Riigikantselei, lk 67
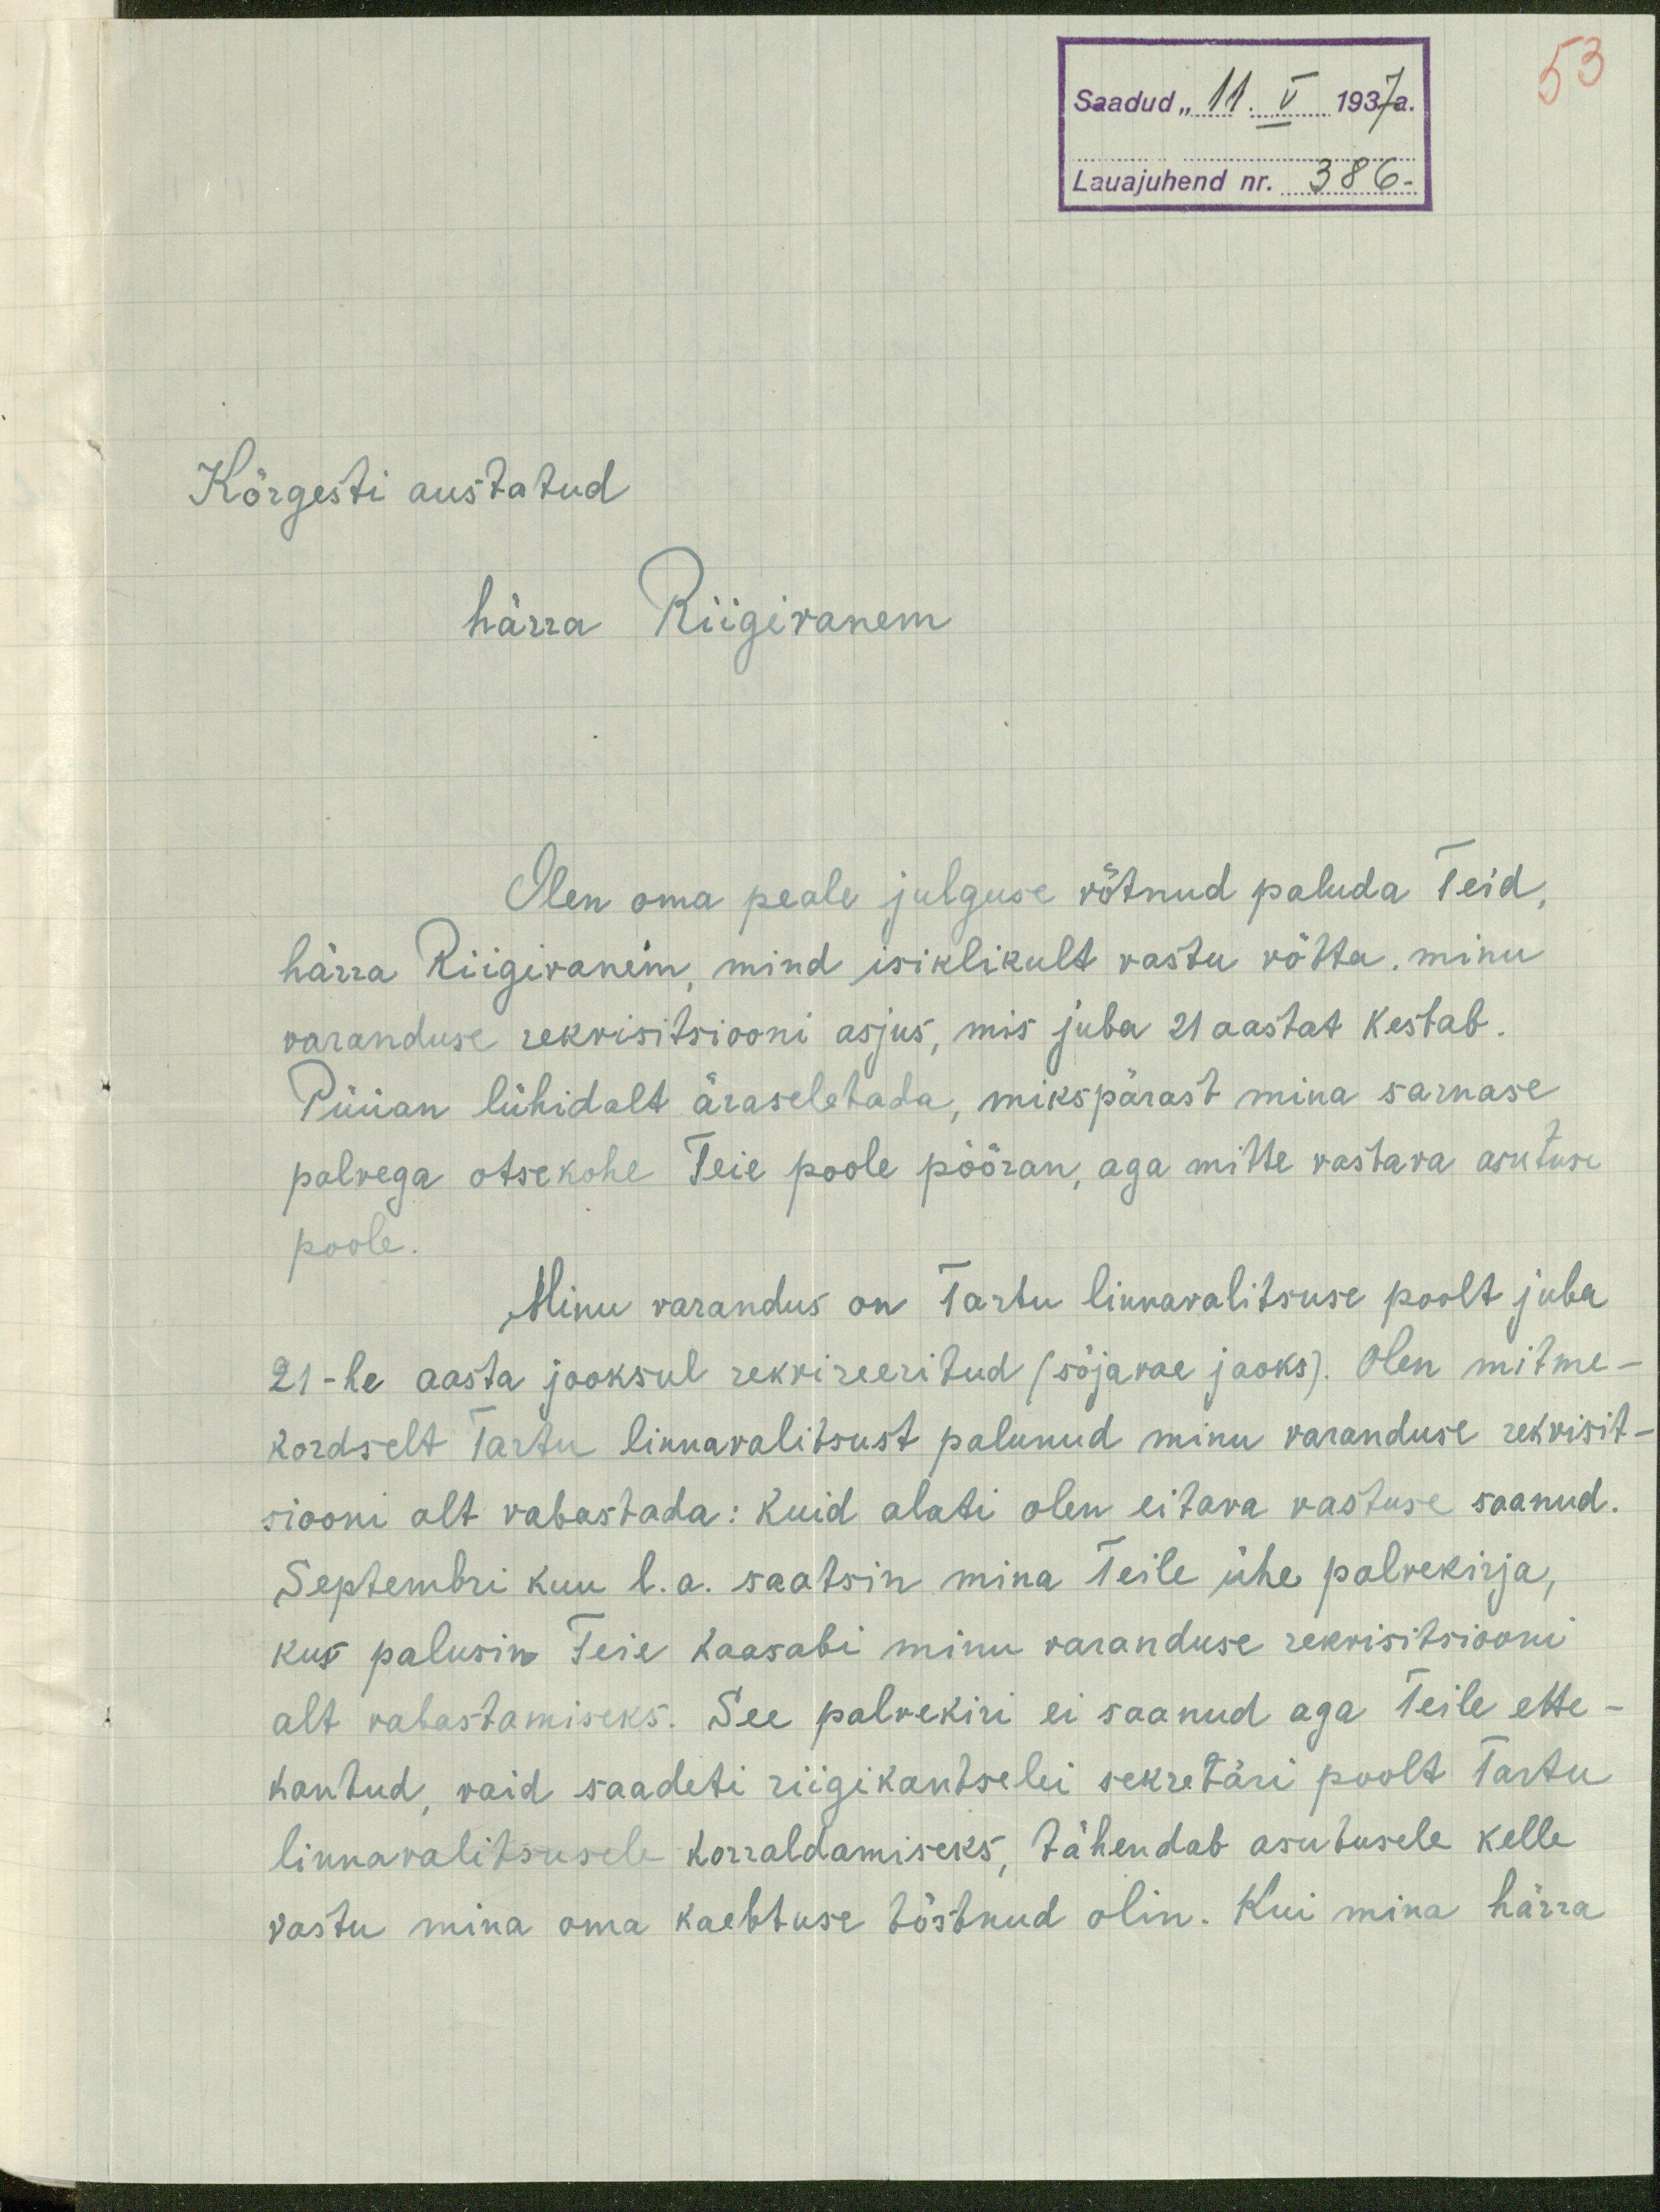
53
Saadud "11. V 1937a.
Lauajuhend nr. 386.
Kõrgesti austatud
härra Riigivanem
Olen oma peale julguse võtnud paluda Teid,
härra Riigivanem, mind isiklikult vastu võtta, minu
varanduse rekvisitsiooni asjus, mis juba 21 aastat kestab.
Püüan lühidalt äraseletada, mikspärast mina sarnase
palvega otsekohe Teie poole pööran, aga mitte vastava asutuse
poole.
Minu varandus on Tartu linnavalitsuse poolt juba
21-he aasta jooksul rekvireeritud (sõjavae jaoks). Olen mitme-
kordselt Tartu linnavalitsust palunud minu varanduse rekvisit-
siooni alt vabastada: kuid alati olen eitava vastuse saanud.
Septembri kuu l. a. saatsin mina Teile ühe palvekirja,
kus palusin Teie kaasabi minu varanduse rekvisitsiooni
alt vabastamiseks. See palvekiri ei saanud aga Teile ette-
kantud, vaid saadeti riigikantselei sekretäri poolt Tartu
linnavalitsusele korraldamiseks, tähendab asutusele kelle
vastu mina oma kaebtuse tõstnud olin. Kui mina härra